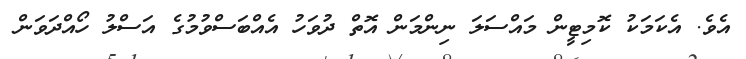
އެވެ. އެކަމަކު ކޮމިޓީން މައްސަލަ ނިންމަން އޮތް ދުވަހު އެއްބަސްވުމުގެ އަސްލު ހޯއްދަވަން